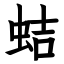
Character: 蛣